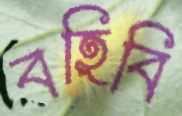
বহিবি